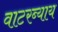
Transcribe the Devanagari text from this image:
वाटरब्याय